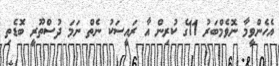
އެހެންވީމާ ނޮވެމްބަރު 11ގެ ކުރިން އާ ރައީސަކު ނެތް ނަމަ ދުސްތޫރީ ބޮޑެތި